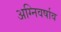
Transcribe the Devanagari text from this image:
अग्निवर्षाव